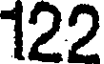
122